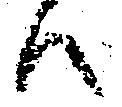
ハ